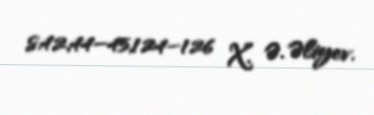
s.42,44–45,124–126 X. Ə. Əliyev.